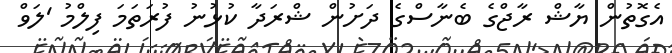
އެގޮތުން ޔާޝް ރާޖްގެ ބެނާސްގެ ދަށުން ޝްރަދާ ކުޅުނު ފުރަތަމަ ފިލްމު 'ލަވް